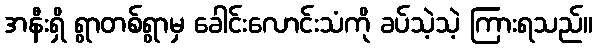
အနီးရှိ ရွာတစ်ရွာမှ ခေါင်းလောင်းသံကို ခပ်သဲ့သဲ့ ကြားရသည်။